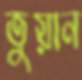
তুয়ান